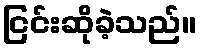
ငြင်းဆိုခဲ့သည်။